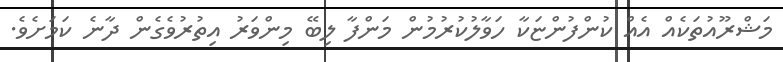
މަޝްރޫއުތަކެއް އެއް ކުންފުންޏަކާ ހަވާލުކުރުމުން މަންފާ ލިބޭ މިންވަރު އިތުރުވެގެން ދާނެ ކަމަށެވެ.